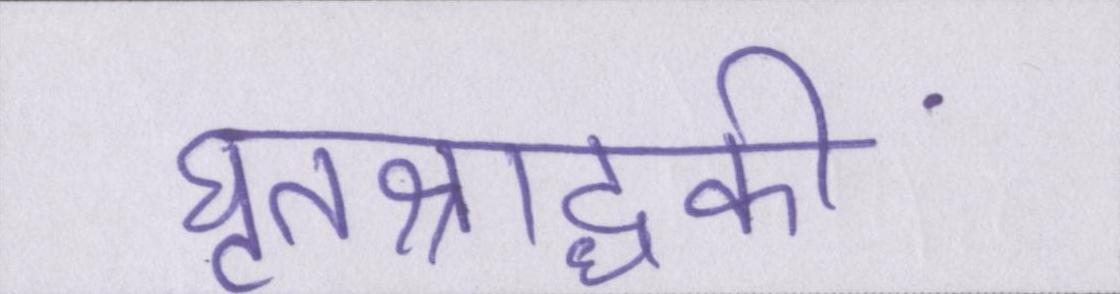
घृतश्राद्धकी